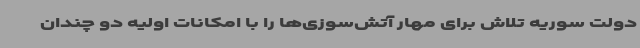
دولت سوریه تلاش برای مهار آتش‌سوزی‌ها را با امکانات اولیه دو چندان